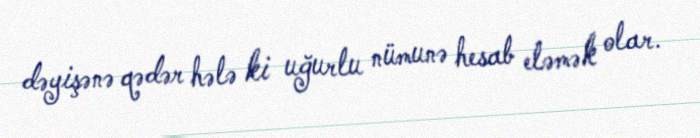
dəyişənə qədər hələ ki uğurlu nümunə hesab eləmək olar.